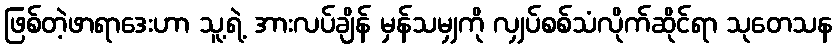
ဖြစ်တဲ့ဖာရာဒေးဟာ သူ့ရဲ့ အားလပ်ချိန် မှန်သမျှကို လျှပ်စစ်သံလိုက်ဆိုင်ရာ သုတေသန